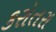
કરોતરા